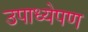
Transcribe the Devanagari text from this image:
उपाध्येपण